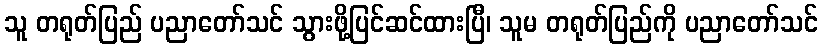
သူ တရုတ်ပြည် ပညာတော်သင် သွားဖို့ပြင်ဆင်ထားပြီ၊ သူမ တရုတ်ပြည်ကို ပညာတော်သင်